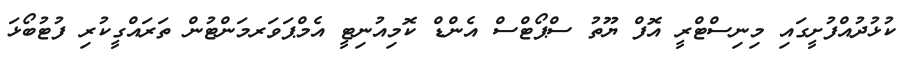
ކުޅުދުއްފުށީގައި މިނިސްޓްރީ އޮފް ޔޫތު ސްޕޯޓްސް އެންޑް ކޮމިއުނިޓީ އެމްޕަވަރމަންޓުން ތަރައްގީކުރި ފުޓުބޯޅަ